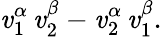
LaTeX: \mathit{v}_{1}^{\alpha}\, \mathit{v}_{2}^{\beta}-\mathit{v}_{2}^{\alpha}\, \mathit{v}_{1}^{\beta}.